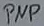
Text: PNP